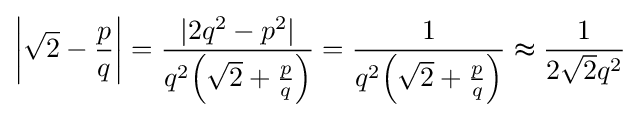
\left|{\sqrt {2}}-{\frac {p}{q}}\right|={\frac {|2q^{2}-p^{2}|}{q^{2}\!\left({\sqrt {2}}+{\frac {p}{q}}\right)}}={\frac {1}{q^{2}\!\left({\sqrt {2}}+{\frac {p}{q}}\right)}}\thickapprox {\frac {1}{2{\sqrt {2}}q^{2}}}